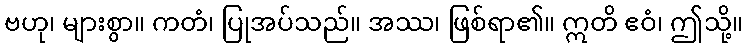
ဗဟု၊ များစွာ။ ကတံ၊ ပြုအပ်သည်။ အဿ၊ ဖြစ်ရာ၏။ ဣတိ ဧဝံ၊ ဤသို့။